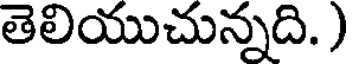
తెలియుచున్నది. )